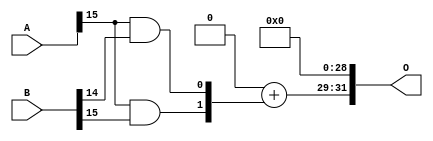
/***
* This code is a part of EvoApproxLib library (ehw.fit.vutbr.cz/approxlib) distributed under The MIT License.
* When used, please cite the following article(s): PRABAKARAN B. S., MRAZEK V., VASICEK Z., SEKANINA L., SHAFIQUE M. ApproxFPGAs: Embracing ASIC-based Approximate Arithmetic Components for FPGA-Based Systems. DAC 2020. 
***/
// MAE% = 15.62 %
// MAE = 671055872 
// WCE% = 62.50 %
// WCE = 2684223489 
// WCRE% = 100.00 %
// EP% = 100.00 %
// MRE% = 79.49 %
// MSE = 71651.74e13 
// FPGA_POWER = 0.25
// FPGA_DELAY = 6.5
// FPGA_LUT = 1.0


module mul16u_G9P ( A, B, O );
  input [15:0] A;
  input [15:0] B;
  output [31:0] O;

  wire S_15_14,S_15_15,S_16_13,S_16_14,S_16_15;

  assign S_15_14 = (A[15] & B[14]);
  assign S_15_15 = (A[15] & B[15]);
  assign {S_16_15, S_16_14, S_16_13} = {1'b0, 1'b0} + {S_15_15, S_15_14};
  assign O = {S_16_15,S_16_14,S_16_13,1'b0,1'b0,1'b0,1'b0,1'b0,1'b0,1'b0,1'b0,1'b0,1'b0,1'b0,1'b0,1'b0,1'b0,1'b0,1'b0,1'b0,1'b0,1'b0,1'b0,1'b0,1'b0,1'b0,1'b0,1'b0,1'b0,1'b0,1'b0,1'b0};

endmodule